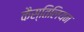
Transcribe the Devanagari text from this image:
कैस्तिलियन